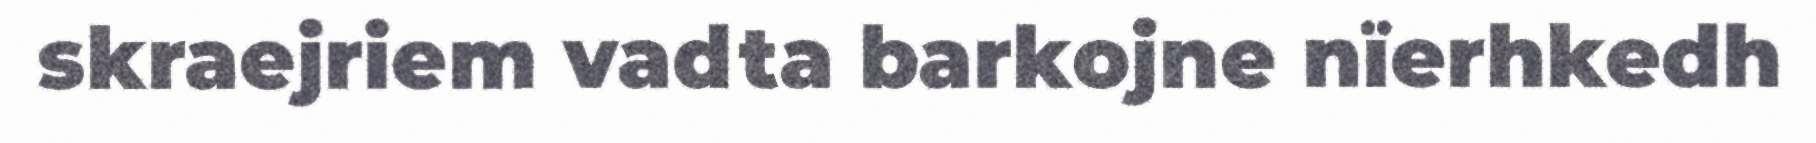
skraejriem vadta barkojne nïerhkedh